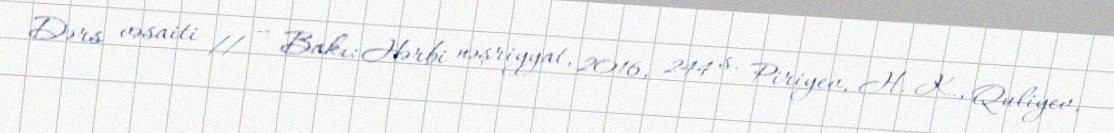
Dərs vəsaiti // — Bakı: Hərbi nəşriyyat, 2016, 244 s. Piriyev, H. K., Quliyev,